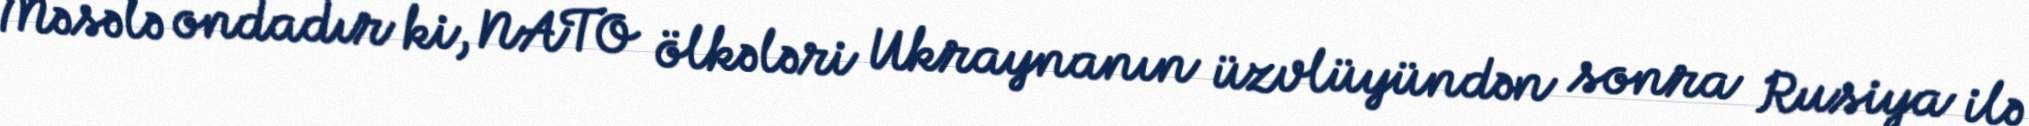
Məsələ ondadır ki, NATO ölkələri Ukraynanın üzvlüyündən sonra Rusiya ilə